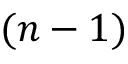
( n - 1 )